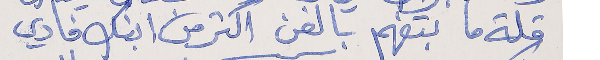
قلة ما بتفهم بالفن      اكتر من ابنك فادي